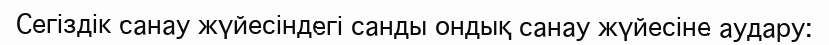
Сегiздiк санау жүйесiндегi санды ондық санау жүйесiне аудару: